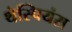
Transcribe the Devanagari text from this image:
थेस्पियंस